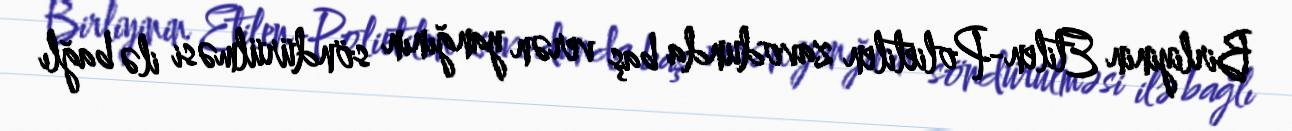
Birliyinin Etilen-Polietilen zavodunda baş verən yanğının söndürülməsi ilə bağlı